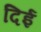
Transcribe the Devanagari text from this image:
दिई